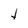
Character: t